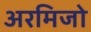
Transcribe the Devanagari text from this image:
अरमिजो